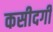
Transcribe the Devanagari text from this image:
कसीदगी